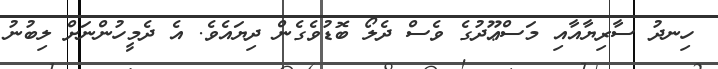
ހިނދު ސާރިޔާއާއި މަސްޢޫދުގެ ވެސް ދެލޯ ބޮޑުވެގެން ދިޔައެވެ. އެ ދެމީހުންނަށް ލިބުނު